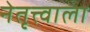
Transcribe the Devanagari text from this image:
नेतृत्त्वाला